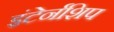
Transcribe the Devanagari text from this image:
इंटेर्नशिप